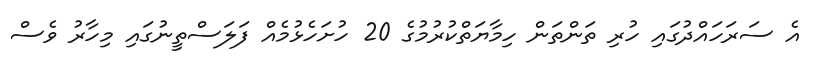
އެ ސަރަހައްދުގައި ހުރި ތަންތަން ހިމާޔަތްކުރުމުގެ 20 ހުށަހެޅުމެއް ފަލަސްތީނުގައި މިހާރު ވެސް